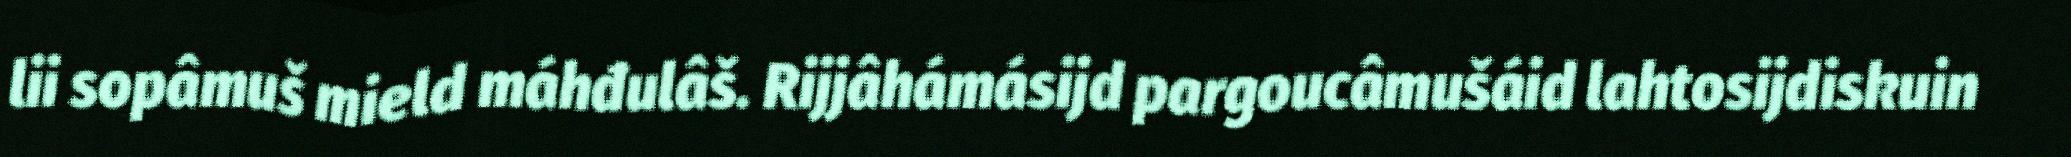
lii sopâmuš mield máhđulâš. Rijjâhámásijd pargoucâmušáid lahtosijdiskuin